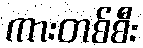
ကားတစ်စီး